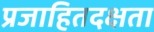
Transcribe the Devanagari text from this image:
प्रजाहितदक्षता